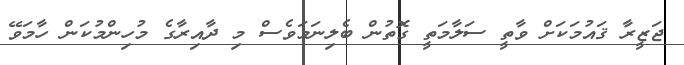
ޖަޒީރާ ޤައުމަކަށް ވާތީ ސަލާމަތީ ގޮތުން ބެލިނަމަވެސް މި ދާއިރާގެ މުހިންމުކަން ހާމަވޭ